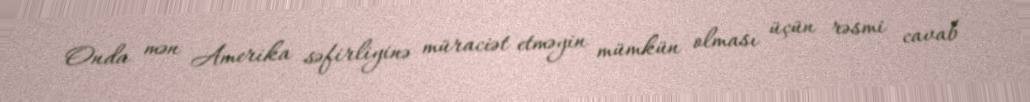
Onda mən Amerika səfirliyinə müraciət etməyin mümkün olması üçün rəsmi cavab